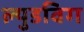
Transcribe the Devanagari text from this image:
ल्युडविग